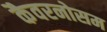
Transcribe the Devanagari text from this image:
कैवरनोसम